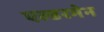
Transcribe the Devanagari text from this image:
एल्डरमेन